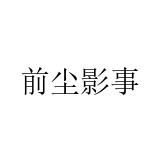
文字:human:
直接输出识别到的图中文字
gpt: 前尘影事